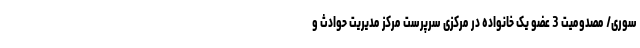
سوری/ مصدومیت 3 عضو یک خانواده در مرکزی سرپرست مرکز مدیریت حوادث و